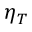
\eta _ { T }